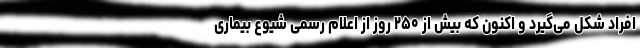
افراد شکل می‌گیرد و اکنون که بیش از ۲۵۰ روز از اعلام رسمی شیوع بیماری